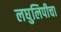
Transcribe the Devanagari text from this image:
लघुलिपीचा